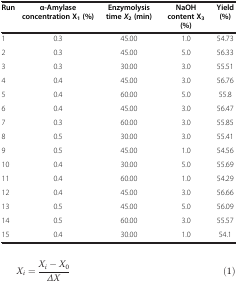
<table><thead><tr><td><b>Run</b></td><td><b>α-Amylase concentration X<sub>1</sub>(%)</b></td><td><b>Enzymolysis time <i>X</i><sub>2</sub>(min)</b></td><td><b>NaOH content X<sub>3</sub>(%)</b></td><td><b>Yield (%)</b></td></tr></thead><tbody><tr><td>1</td><td>0.3</td><td>45.00</td><td>1.0</td><td>54.73</td></tr><tr><td>2</td><td>0.3</td><td>45.00</td><td>5.0</td><td>56.33</td></tr><tr><td>3</td><td>0.3</td><td>30.00</td><td>3.0</td><td>55.51</td></tr><tr><td>4</td><td>0.4</td><td>45.00</td><td>3.0</td><td>56.76</td></tr><tr><td>5</td><td>0.4</td><td>60.00</td><td>5.0</td><td>55.8</td></tr><tr><td>6</td><td>0.4</td><td>45.00</td><td>3.0</td><td>56.47</td></tr><tr><td>7</td><td>0.3</td><td>60.00</td><td>3.0</td><td>55.85</td></tr><tr><td>8</td><td>0.5</td><td>30.00</td><td>3.0</td><td>55.41</td></tr><tr><td>9</td><td>0.5</td><td>45.00</td><td>1.0</td><td>54.56</td></tr><tr><td>10</td><td>0.4</td><td>30.00</td><td>5.0</td><td>55.69</td></tr><tr><td>11</td><td>0.4</td><td>60.00</td><td>1.0</td><td>54.29</td></tr><tr><td>12</td><td>0.4</td><td>45.00</td><td>3.0</td><td>56.66</td></tr><tr><td>13</td><td>0.5</td><td>45.00</td><td>5.0</td><td>56.09</td></tr><tr><td>14</td><td>0.5</td><td>60.00</td><td>3.0</td><td>55.57</td></tr><tr><td>15</td><td>0.4</td><td>30.00</td><td>1.0</td><td>54.1</td></tr></tbody></table>